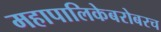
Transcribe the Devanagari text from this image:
महापालिकेबरोबरच